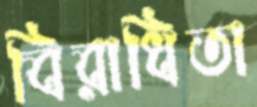
বিরাধিতা